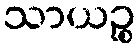
သာယဉ္စ